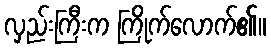
လှည်းကြီးက ကြိုက်လောက်၏။